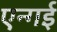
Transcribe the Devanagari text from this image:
एन्गई